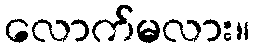
လောက်မလား။